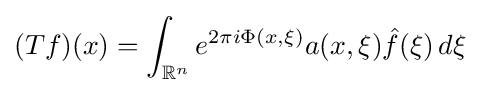
(Tf)(x)=\int _{\mathbb {R} ^{n}}e^{2\pi i\Phi (x,\xi )}a(x,\xi ){\hat {f}}(\xi )\,d\xi